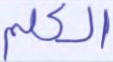
الكلم